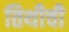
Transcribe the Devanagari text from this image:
तिथीची